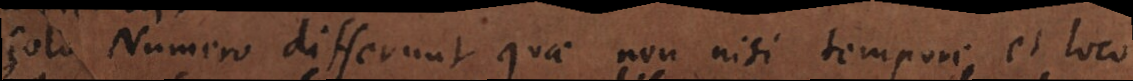
Solo Numero differunt quae non nisi tempore et loco